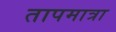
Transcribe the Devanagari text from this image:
तापमात्रा